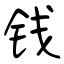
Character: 钱